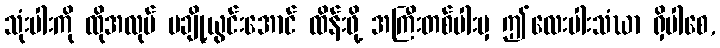
သုံးပါးကို ထိုအလုပ် မချို့ယွင်းအောင် ထိန်းဖို့ အကြီးတစ်ပါးမှ ဤလေးပါးသံဃာ ရှိပါစေ,